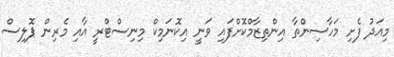
މިއަދު ފެށި މަހާސިންތާ އިންތިޒާމްކޮށްފައި ވަނީ އިކޮނަމިކް މިނިސްޓްރީ އާއި މެރިން ޕޮލިސް